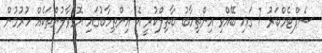
ސެޕްޓެމްބަރު 7 ގައި ބޭއްވި އިންތިހާބު ބާތިލްކުރީ އެ އިންތިހާބުގައި އޮޅުވާލުންތަކެއް ހުރުމުން